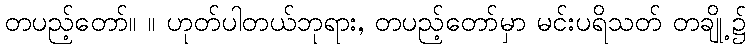
တပည့်တော်။ ။ ဟုတ်ပါတယ်ဘုရား, တပည့်တော်မှာ မင်းပရိသတ် တချို့၌